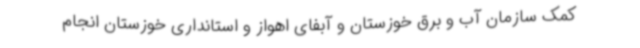
کمک سازمان آب و برق خوزستان و آبفای اهواز و استانداری خوزستان انجام